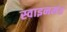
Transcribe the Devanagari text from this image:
स्वाइनमंड